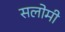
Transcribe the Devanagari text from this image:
सलोमी